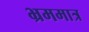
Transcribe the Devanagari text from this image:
भ्रममात्र